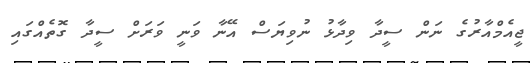
ޖީއެމްއާރުގެ ނަން ސީދާ ވިދާޅު ނުވިޔަސް އޭނާ ވަނީ ވަރަށް ސީދާ ގޮތެއްގައި